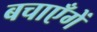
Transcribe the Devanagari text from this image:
बचाएँगें